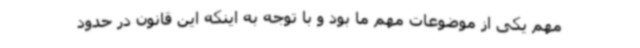
مهم یکی از موضوعات مهم ما بود و با توجه به اینکه این قانون در حدود